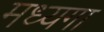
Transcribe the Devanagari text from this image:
मध्यगा